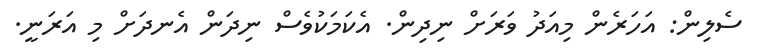
ސެލިން: އަހަރެން މިއަދު ވަރަށް ނިދިން. އެކަމަކުވެސް ނިދަން އެނދަށް މި އަރަނީ.